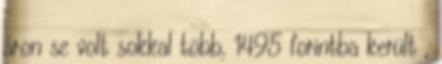
áron se volt sokkal több, 1495 forintba került ,